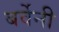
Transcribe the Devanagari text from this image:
बर्वेनी